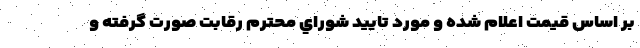
بر اساس قيمت اعلام شده و مورد تاييد شوراي محترم رقابت صورت گرفته و